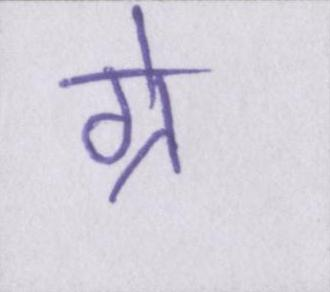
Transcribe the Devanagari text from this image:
ग्रे